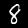
Digit: 8